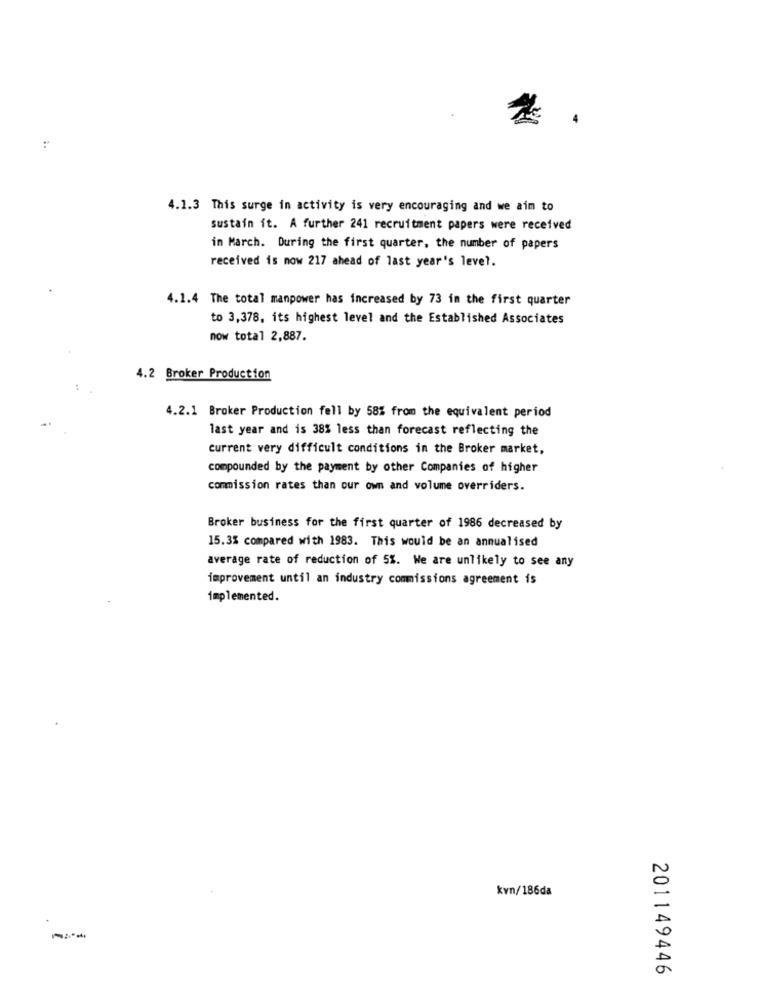
4.1.3 This surge in activity is very encouraging and we aim to
sustain it. A further 241 recruitment papers were received
in March. During the first quarter, the number of papers
received is now 217 ahead of last year's level.
4.1.4 The total manpower has increased by 73 in the first quarter
to 3,378, its highest level and the Established Associates
now total 2,887.
4.2 Broker Production
4.2.1 Broker Production fell by 58% from the equivalent period
last year and is 38% less than forecast reflecting the
current very difficult conditions in the Broker market,
compounded by the payment by other Companies of higher
commission rates than our own and volume overriders.
Broker business for the first quarter of 1986 decreased by
15.3% compared with 1983. This would be an annualised
average rate of reduction of 5%. We are unlikely to see any
improvement until an industry commissions agreement is
implemented.
kvn/186da
201149446